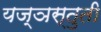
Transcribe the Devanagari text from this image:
यज्ञस्तुती